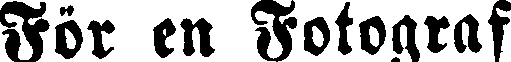
För en Fotograf